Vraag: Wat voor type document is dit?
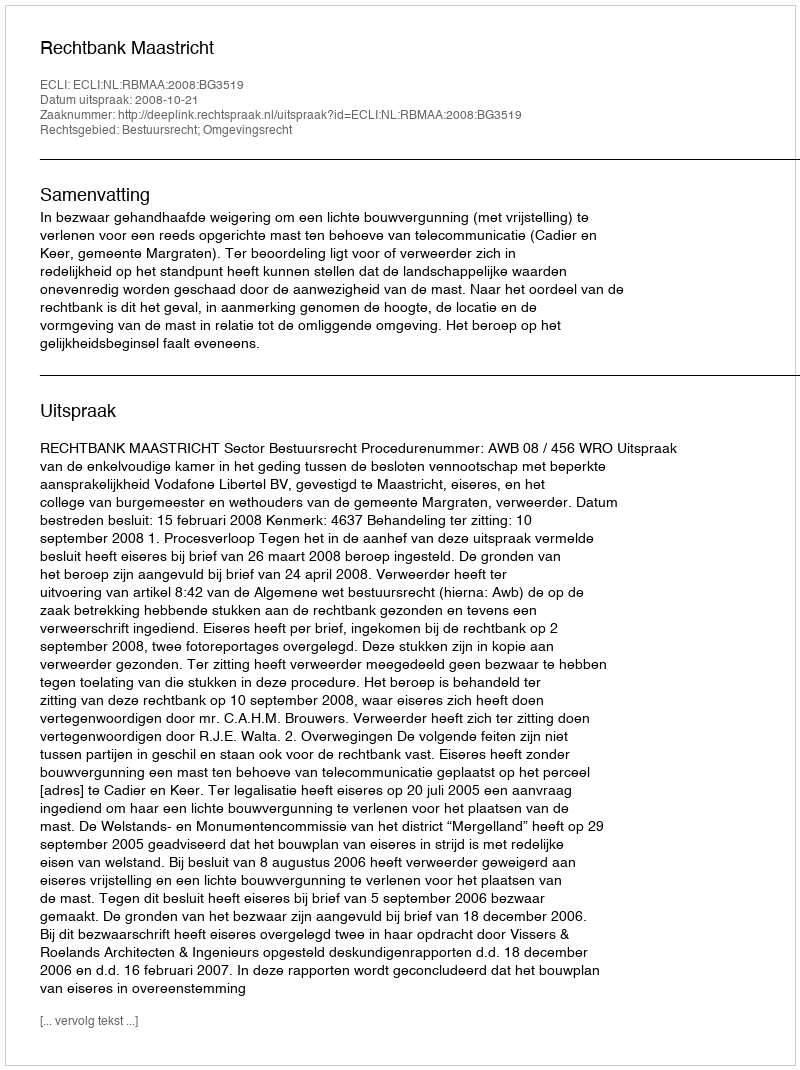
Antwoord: Uitspraak